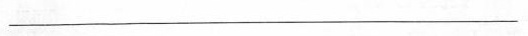
___